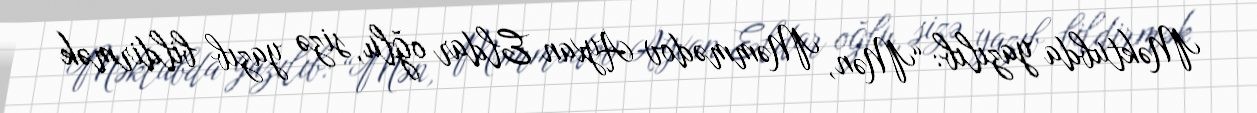
Məktubda yazılıb: “Mən, Məmmədov Ayxan Eldar oğlu, sizə yazıb bildirmək